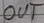
Text: OUT